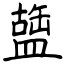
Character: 䀇